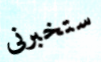
ستخبرنى